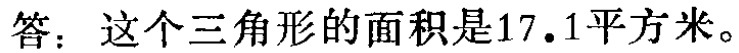
答：这个三角形的面积是\(17.1\)平方米。